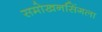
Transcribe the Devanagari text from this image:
समोखनसिंगला